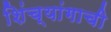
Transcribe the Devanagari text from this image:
शिंच्यांगाची